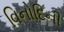
વિનોદિની